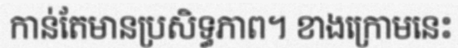
កាន់តែមានប្រសិទ្ធភាព។ ខាងក្រោមនេះ